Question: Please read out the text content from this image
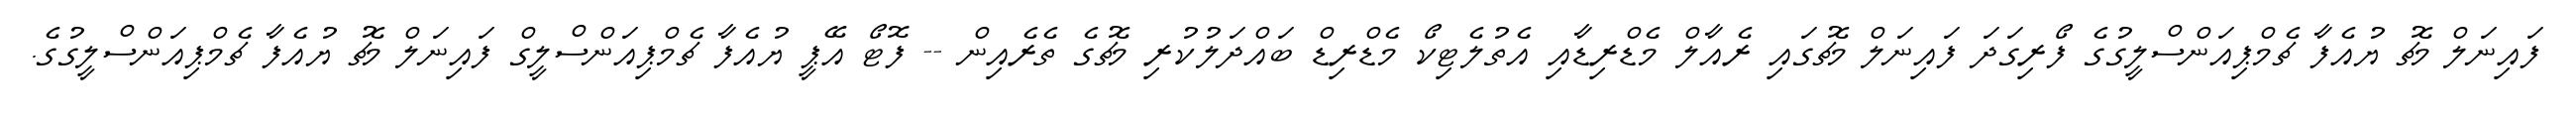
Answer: ފައިނަލް މެޗު ޔުއެފާ ޗެމްޕިއަންސްލީގުގެ ފޯރިގަދަ ފައިނަލް މެޗުގައި ރެއާލް މެޑްރިޑާއި އެތުލެޓިކޯ މެޑްރިޑް ބައްދަލުކުރި މެޗުގެ ތެރެއިން -- ފޮޓޯ އޭޕީ ޔުއެފާ ޗެމްޕިއަންސްލީގް ފައިނަލް މެޗު ޔުއެފާ ޗެމްޕިއަންސްލީގުގެ.